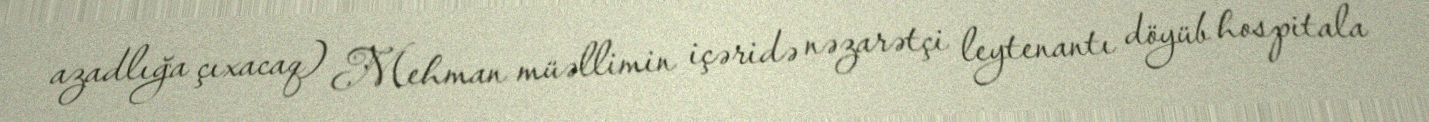
azadlığa çıxacaq) Mehman müəllimin içəridə nəzarətçi leytenantı döyüb hospitala